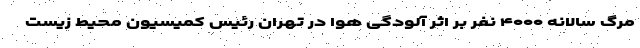
مرگ سالانه ۴۰۰۰ نفر بر اثر آلودگی هوا در تهران رئیس کمیسیون محیط زیست